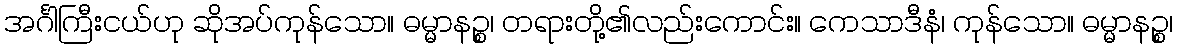
အင်္ဂါကြီးငယ်ဟု ဆိုအပ်ကုန်သော။ ဓမ္မာနဉ္စ၊ တရားတို့၏လည်းကောင်း။ ကေသာဒီနံ၊ ကုန်သော။ ဓမ္မာနဉ္စ၊